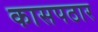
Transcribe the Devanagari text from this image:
कासपठार